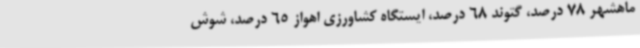
ماهشهر 78 درصد، گتوند 68 درصد، ایستگاه کشاورزی اهواز 65 درصد، شوش